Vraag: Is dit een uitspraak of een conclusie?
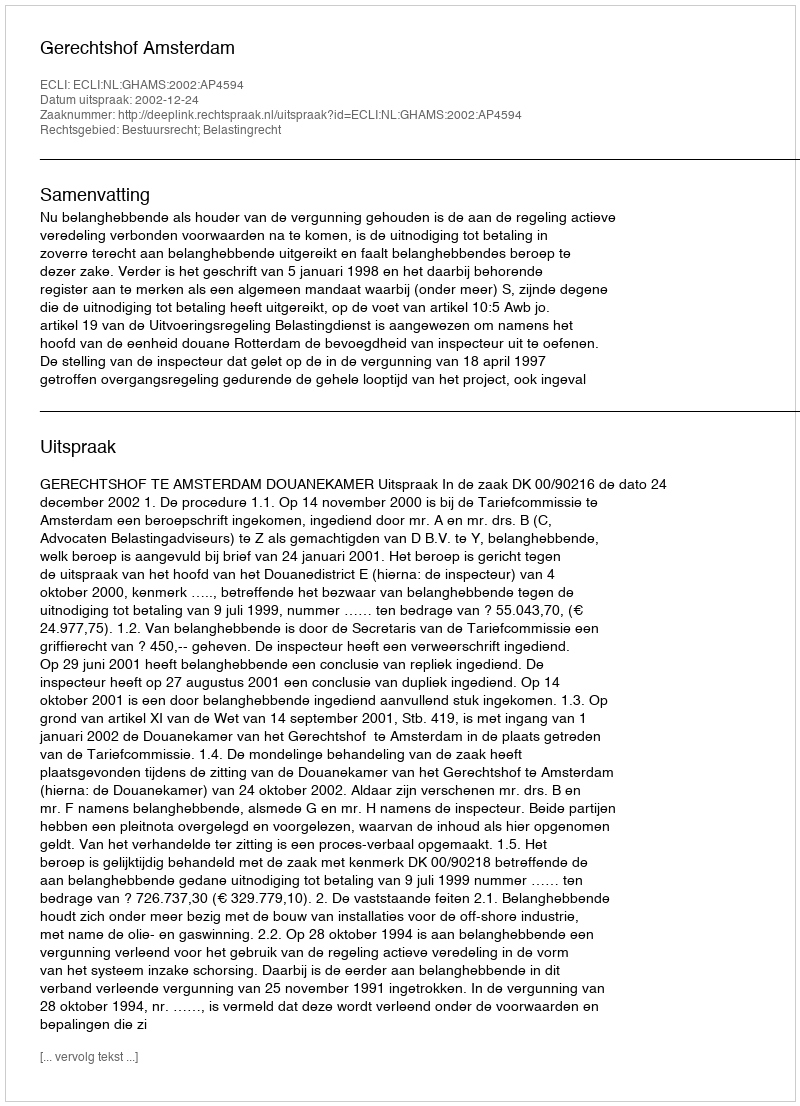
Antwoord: Uitspraak